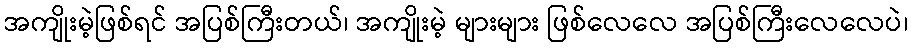
အကျိုးမဲ့ဖြစ်ရင် အပြစ်ကြီးတယ်၊ အကျိုးမဲ့ များများ ဖြစ်လေလေ အပြစ်ကြီးလေလေပဲ၊